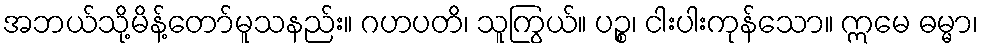
အဘယ်သို့မိန့်တော်မူသနည်း။ ဂဟပတိ၊ သူကြွယ်။ ပဉ္စ၊ ငါးပါးကုန်သော။ ဣမေ ဓမ္မာ၊